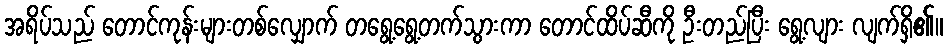
အရိပ်သည် တောင်ကုန်းများတစ်လျှောက် တရွေ့ရွေ့တက်သွားကာ တောင်ထိပ်ဆီကို ဦးတည်ပြီး ရွေ့လျား လျက်ရှိ၏။